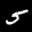
Label: 5